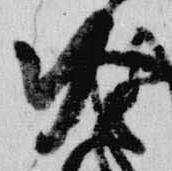
冷